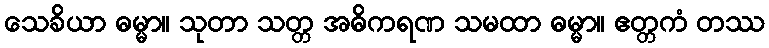
သေခိယာ ဓမ္မာ။ သုတာ သတ္တ အဓိကရဏ သမထာ ဓမ္မာ။ ဧတ္တကံ တဿ